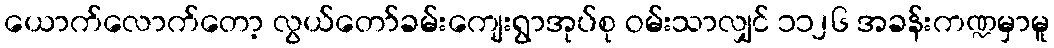
ယောက်လောက်တော့ လွယ်တော်ခမ်းကျေးရွာအုပ်စု ဝမ်းသာလျှင် ၁၁၂၆ အခန်းကဏ္ဍမှာမူ